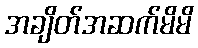
အချိတ်အဆက်မိမိ